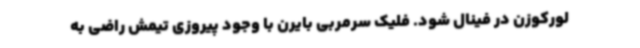
لورکوزن در فینال شود. فلیک سرمربی بایرن با وجود پیروزی تیمش راضی به